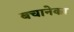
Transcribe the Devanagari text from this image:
बचानेका